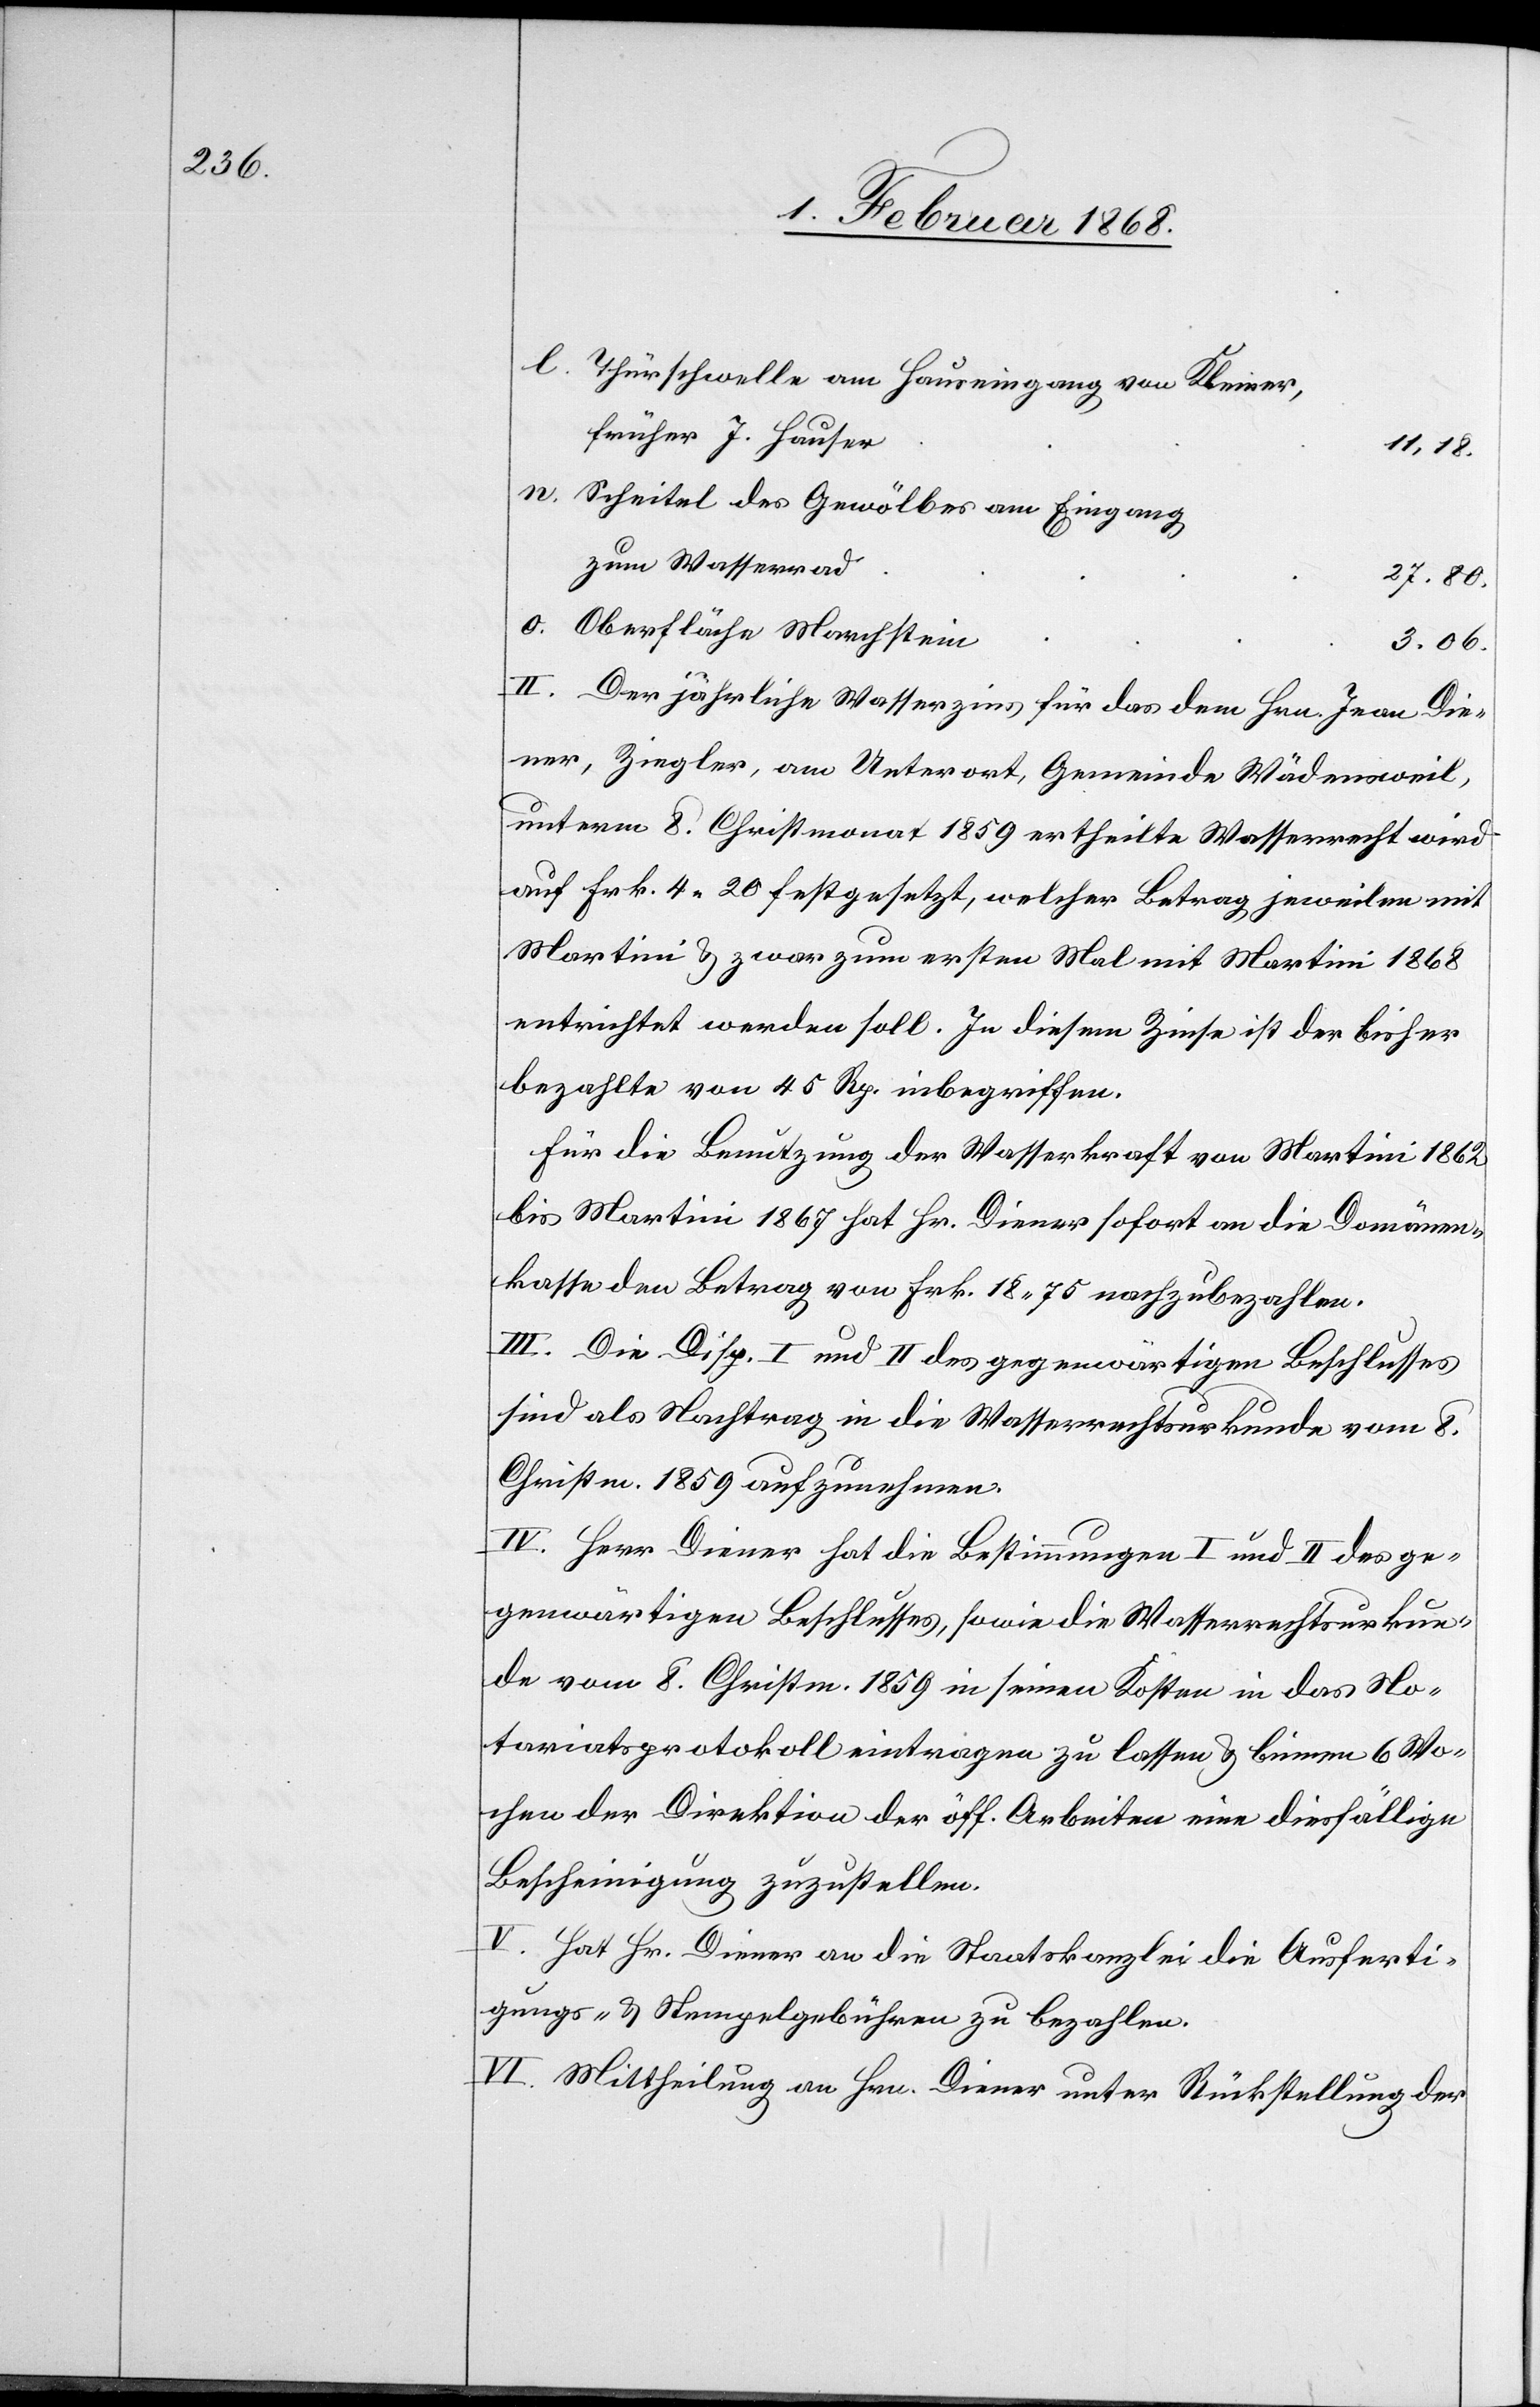
Thürschwelle am Hauseingang von Kleiner,
früher J. Hauser
11, 18.
Scheitel des Gewölbes am Eingang
zum Wasserrad
27. 80.
Oberfläche Marchstein
3. 06.
II. Der jährliche Wasserzins für das dem Hrn. Jean Die¬
ner, Ziegler, am Unterort, Gemeinde Wädensweil,
unterm 8. Christmonat 1859 ertheilte Wasserrecht wird
auf Frk. 4. 20 festgesetzt, welcher Betrag jeweilen mit
Martini & zwar zum ersten Mal mit Martini 1868
entrichtet werden soll. In diesem Zinse ist der bisher
bezahlte von 45 Rp. inbegriffen.
Für die Benutzung der Wasserkraft von Martini 1862
bis Martini 1867 hat Hr. Diener sofort an die Domänen¬
kasse den Betrag von Frk. 18. 75 nachzubezahlen.
III. Die Disp. I und II des gegenwärtigen Beschlusses
sind als Nachtrag in die Wasserrechtsurkunde vom 8.
Christm. 1859 aufzunehmen.
IV. Herr Diener hat die Bestimmungen I und II des ge¬
genwärtigen Beschlusses, sowie die Wasserrechtsurkun¬
de vom 8. Christm. 1859 in seinen Kosten in das No¬
tariatsprotokoll eintragen zu lassen & binnen 6 Wo¬
chen der Direktion der öff. Arbeiten eine diesfällige
Bescheinigung zuzustellen.
V. Hat Hr. Diener an die Staatskanzlei die Ausferti¬
gungs- & Stempelgebühren zu bezahlen.
VI. Mittheilung an Hrn. Diener unter Rückstellung der